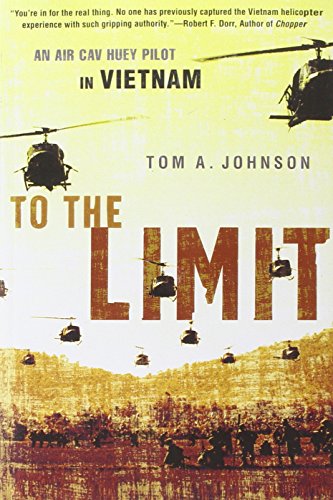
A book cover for To the Limit: An Air Cav Huey Pilot in Vietnam; Tom A. Johnson; History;